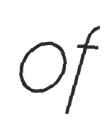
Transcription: of